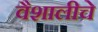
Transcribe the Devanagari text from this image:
वैशालीचे